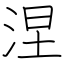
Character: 涅